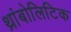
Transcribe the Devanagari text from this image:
थ्रांबोलिटिक